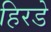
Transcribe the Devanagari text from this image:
हिरडे